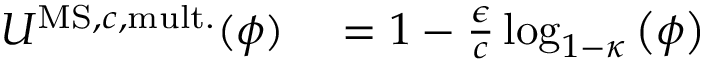
\begin{array} { r l } { U ^ { \mathrm { M S , } c \mathrm { , m u l t . } } ( \phi ) } & { { } = 1 - \frac { \epsilon } { c } \log _ { 1 - \kappa } \left( \phi \right) } \end{array}